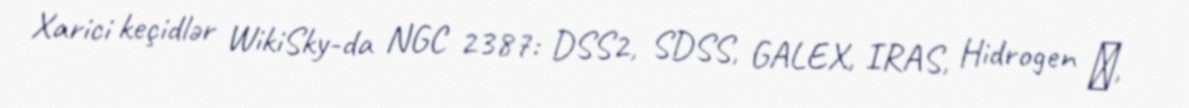
Xarici keçidlər WikiSky-da NGC 2387: DSS2, SDSS, GALEX, IRAS, Hidrogen α,